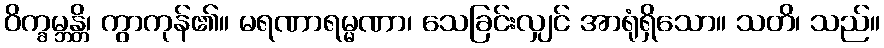
ဝိက္ခမ္ဘန္တိ၊ ကွာကုန်၏။ မရဏာရမ္မဏာ၊ သေခြင်းလျှင် အာရုံရှိသော။ သတိ၊ သည်။